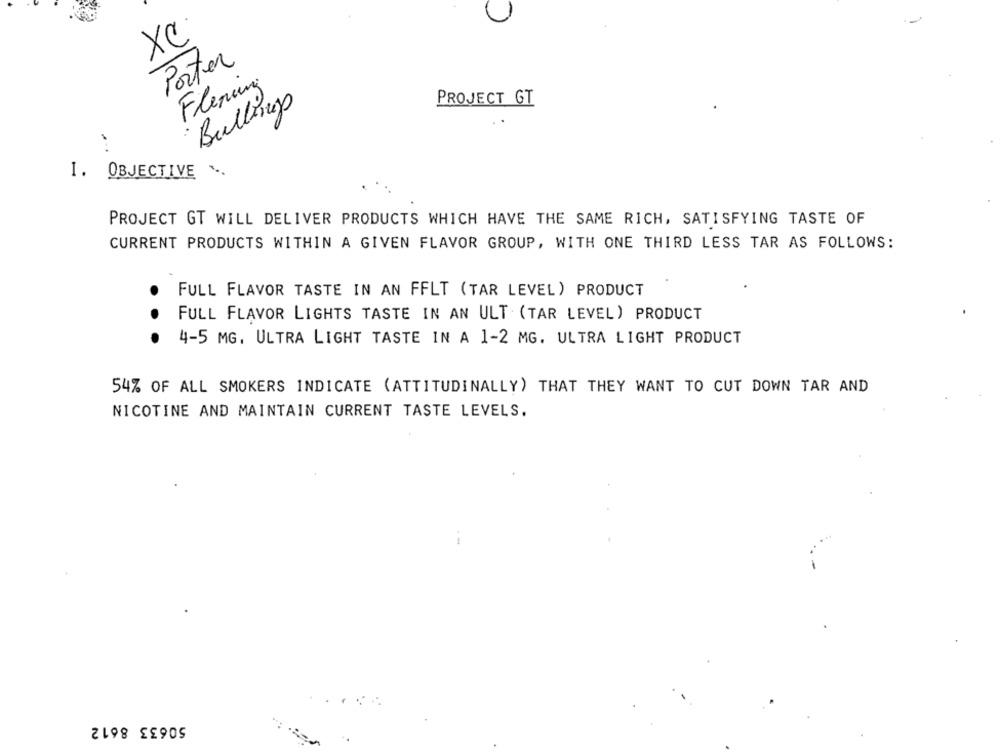
XC
Porter
Fleming
PROJECT GT
Bullens
I. OBJECTIVE
PROJECT GT WILL DELIVER PRODUCTS WHICH HAVE THE SAME RICH, SATISFYING TASTE OF
CURRENT PRODUCTS WITHIN A GIVEN FLAVOR GROUP, WITH ONE THIRD LESS TAR AS FOLLOWS:
FULL FLAVOR TASTE IN AN FFLT (TAR LEVEL) PRODUCT
FULL FLAVOR LIGHTS TASTE IN AN ULT (TAR LEVEL) PRODUCT
. .
4-5 MG. ULTRA LIGHT TASTE IN A 1-2 MG. ULTRA LIGHT PRODUCT
54% OF ALL SMOKERS INDICATE (ATTITUDINALLY) THAT THEY WANT TO CUT DOWN TAR AND
NICOTINE AND MAINTAIN CURRENT TASTE LEVELS.
50633 8612